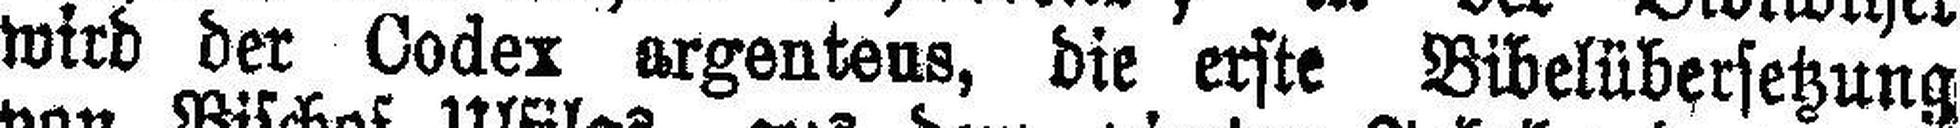
wird der Codex argenteus, die erste Bibelübersetzung